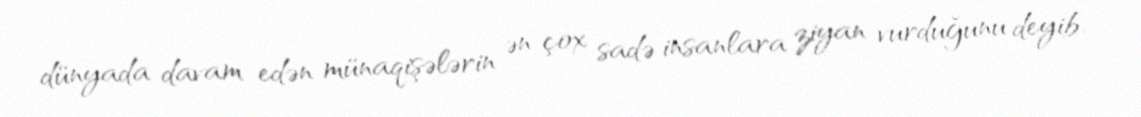
dünyada davam edən münaqişələrin ən çox sadə insanlara ziyan vurduğunu deyib.